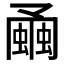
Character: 𧐘